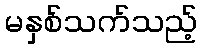
မနှစ်သက်သည့်